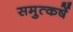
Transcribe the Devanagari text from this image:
समुत्कर्षे